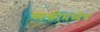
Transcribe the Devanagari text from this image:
व्यक्तीमध्येच